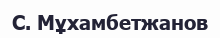
С. Мұхамбетжанов